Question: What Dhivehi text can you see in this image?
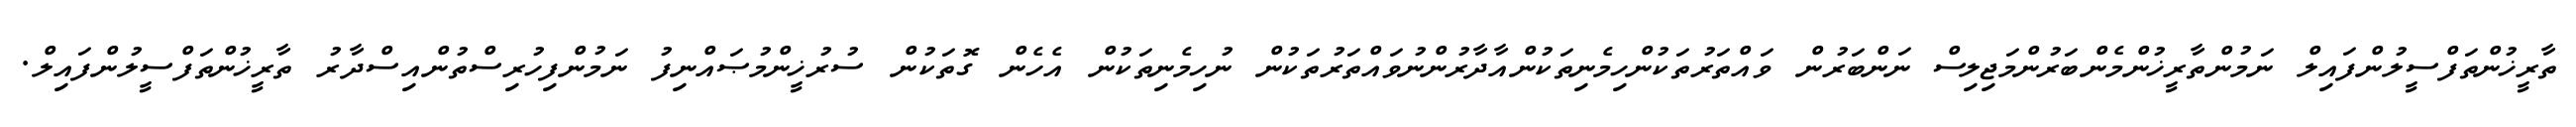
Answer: ތާރީޚުންތަފްސީލުންފައިލް ނަމުންތާރީޚުންމެންބަރުންމަޖިލިސް ނަންބަރުން ވައްތަރުތަކުންހިމެނިތަކުންއާދާރުންނުވައްތަރުތަކުން ނުހިމެނިތަކުން އެހެން ގޮތަކުން ސުރުޚީންމުޞައްނިފު ނަމުންފިހުރިސްތުންއިސްދާރު ތާރީޚުންތަފްސީލުންފައިލް.